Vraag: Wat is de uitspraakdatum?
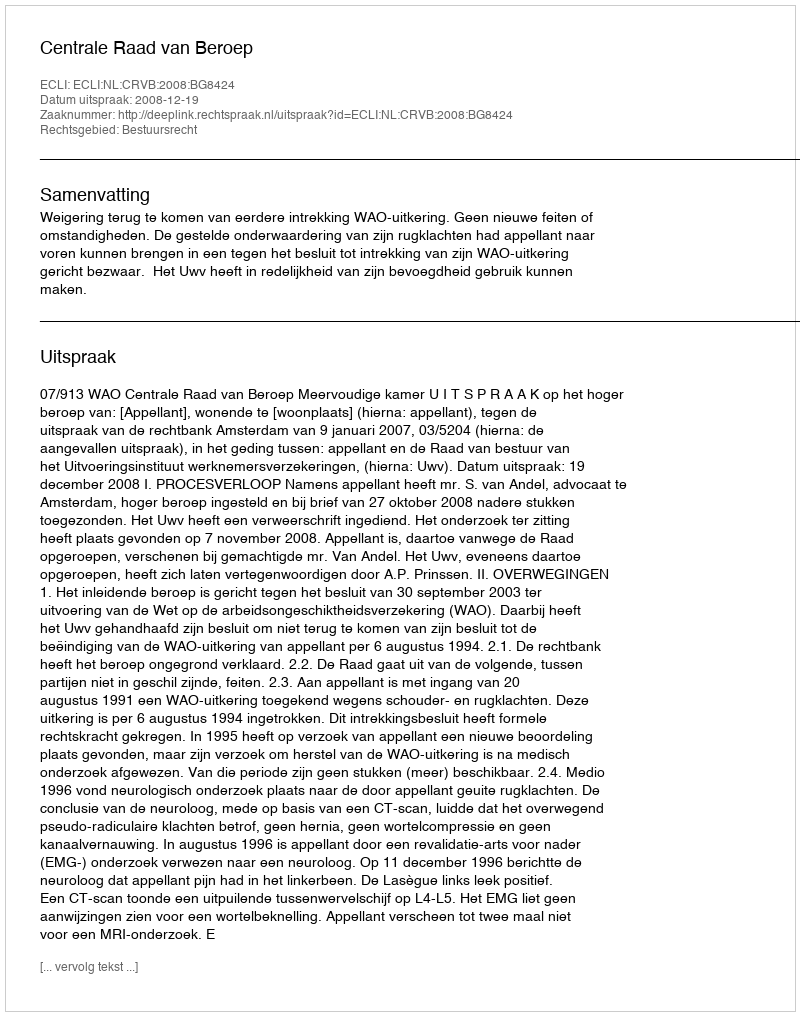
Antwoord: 2008-12-19